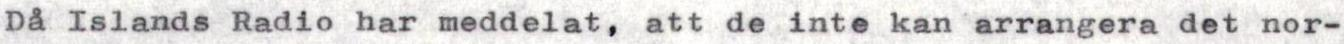
Då Islands Radio har meddelat, att de inte kan arrangera det nor-